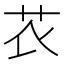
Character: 𰰧